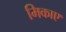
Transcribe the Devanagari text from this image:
मिकाए